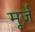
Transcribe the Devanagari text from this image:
मूर्ज़